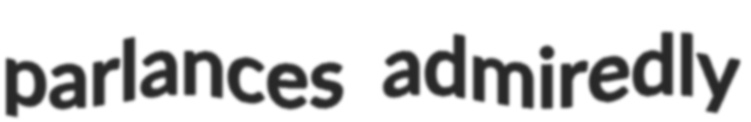
parlances admiredly